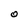
Character: O